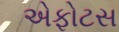
એફોટસ